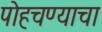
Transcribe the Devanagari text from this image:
पोहचण्याचा